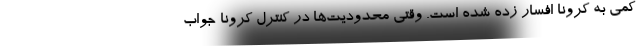
کمی به کرونا افسار زده شده است. وقتی محدودیت‌ها در کنترل کرونا جواب